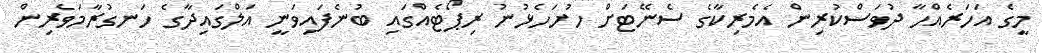
މީގެ އަހަރެއްހާ ދުވަސްކުރިން އެމެރިކާގެ ސެނޭޓަށް ހުށަހެޅުނު ރިޕޯޓެއްގައި ބުނެފައިވަނީ އަލްގައިދާގެ ހަނގުރާމަވެރިން